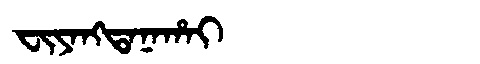
Manchu: ᠸᡳᠶᠠᠩᡨᠠᠨᠠᡥᠠᡳ
Romanization: FIYANGTANAHAI